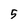
Character: 5